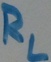
Text: RL